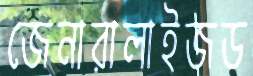
জেনারালাইজড